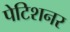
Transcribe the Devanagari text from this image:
पेटिशनर